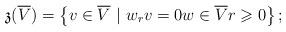
LaTeX: \begin{align*}\mathfrak{z}(\overline V)=\left\{v\in \overline V\ |\ w_r v=0 w\in \overline V r\geqslant 0\right\};\end{align*}